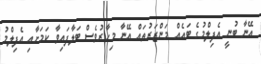
އޭނާ ބުނީ އެފިލްމުގެ ބައެއް މަންޒަރުތައް އޭނާ މިހާރުވެސް ބަލާފައިވާ ކަމަށާއި އެފިލްމު